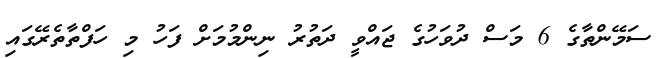
ސަމޭންތާގެ 6 މަސް ދުވަހުގެ ޖައްވީ ދަތުރު ނިންމުމަށް ފަހު މި ހަފްތާތެރޭގައި